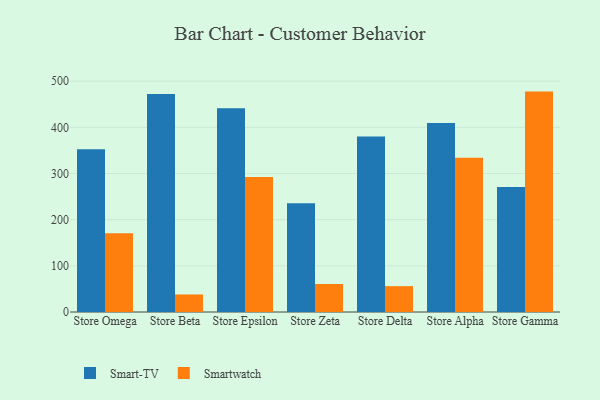
{"axis": {"x": "Store", "y": "Inventory Turnover"}, "legend": ["Smart-TV", "Smartwatch"], "data": [{"x": "Store Omega", "y": 352.6, "type": "Smart-TV"}, {"x": "Store Omega", "y": 170.4, "type": "Smartwatch"}, {"x": "Store Beta", "y": 472.0, "type": "Smart-TV"}, {"x": "Store Beta", "y": 38.0, "type": "Smartwatch"}, {"x": "Store Epsilon", "y": 441.5, "type": "Smart-TV"}, {"x": "Store Epsilon", "y": 292.4, "type": "Smartwatch"}, {"x": "Store Zeta", "y": 235.6, "type": "Smart-TV"}, {"x": "Store Zeta", "y": 60.6, "type": "Smartwatch"}, {"x": "Store Delta", "y": 380.1, "type": "Smart-TV"}, {"x": "Store Delta", "y": 56.0, "type": "Smartwatch"}, {"x": "Store Alpha", "y": 409.5, "type": "Smart-TV"}, {"x": "Store Alpha", "y": 334.2, "type": "Smartwatch"}, {"x": "Store Gamma", "y": 270.9, "type": "Smart-TV"}, {"x": "Store Gamma", "y": 477.4, "type": "Smartwatch"}]}